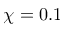
\chi = 0 . 1